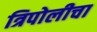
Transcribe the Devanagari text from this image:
त्रिपोलीचा